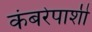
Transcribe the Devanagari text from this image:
कंबरेपाशी